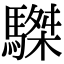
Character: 䮪